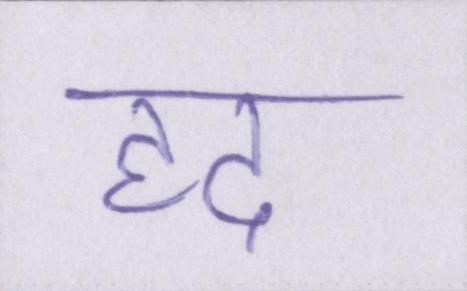
हद